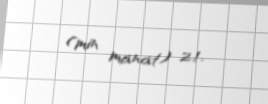
(min manat) 2.1.